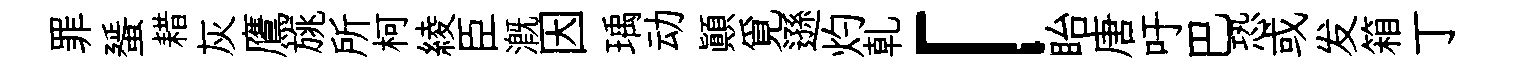
罪蜑耤灰鷹旐所柯綾臣溉因瑀动顚覓遜灼乹「眙唐吁巴恐或发箱丁